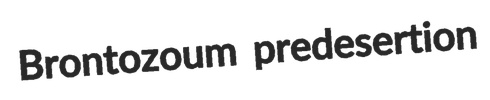
Brontozoum predesertion